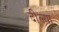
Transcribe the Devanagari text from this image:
दील्या